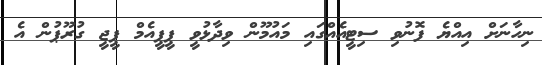
ނިހާނަށް އިއްޔެ ފޮނުވި ސިޓީއެއްގައި މައުމޫން ވިދާޅުވީ ޕީޕީއެމް ޕީޖީ ގުރޫޕުން އެ